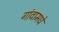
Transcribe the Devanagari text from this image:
गांवामधे